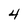
Character: 4